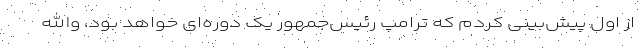
از اول پیش‌بینی کردم که ترامپ رئیس‌‌جمهور یک دوره‌ای خواهد بود، والله